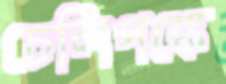
চেলিপঙ্কে